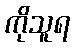
ကိုသူရ